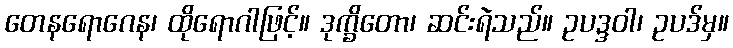
တေနရောဂေန၊ ထိုရောဂါဖြင့်။ ဒုက္ခိတော၊ ဆင်းရဲသည်။ ဥပဒ္ဒဝါ၊ ဥပဒ်မှ။